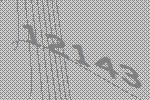
12143